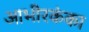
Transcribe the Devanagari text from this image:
आभीरकंका